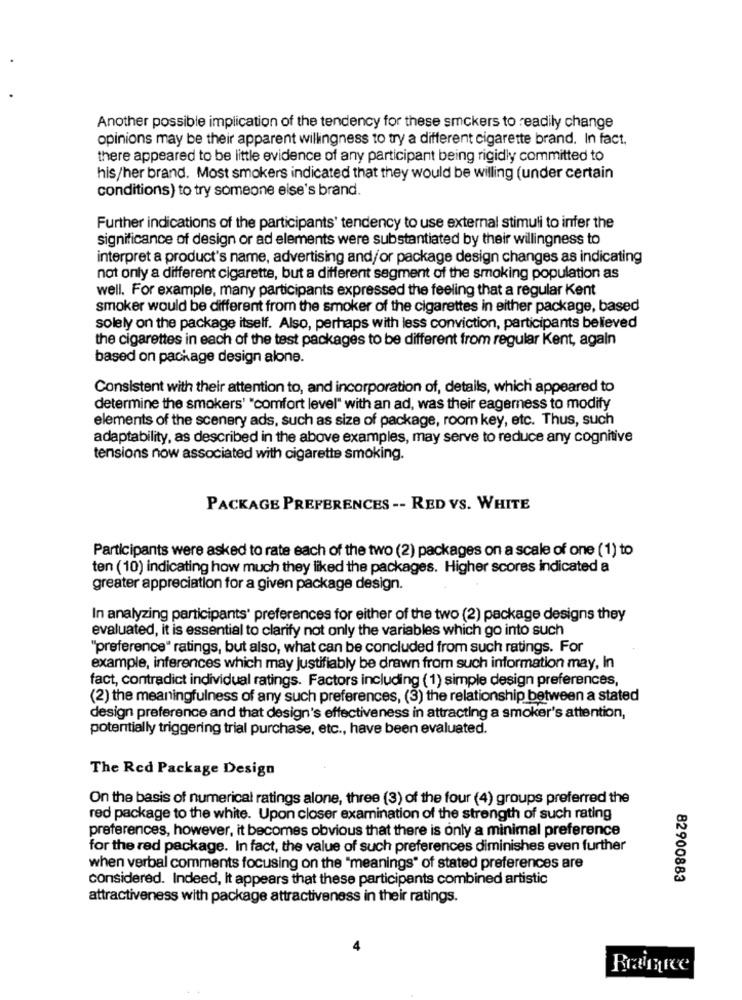
Another possible implication of the tendency for these smokers to readily change
opinions may be their apparent willingness to try a different cigarette brand. In fact,
there appeared to be little evidence of any participant being rigidly committed to
his/her brand. Most smokers indicated that they would be willing (under certain
conditions) to try someone else's brand.
Further indications of the participants' tendency to use external stimuli to infer the
significance of design or ad elements were substantiated by their willingness to
interpret a product's name, advertising and/or package design changes as indicating
not only a different cigarette, but a different segment of the smoking population as
well. For example, many participants expressed the feeling that a regular Kent
smoker would be different from the smoker of the cigarettes in either package, based
solely on the package itself. Also, perhaps with less conviction, participants believed
the cigarettes in each of the test packages to be different from regular Kent, again
based on package design alone.
Consistent with their attention to, and incorporation of, details, which appeared to
determine the smokers' "comfort level" with an ad, was their eagerness to modify
elements of the scenery ads, such as size of package, room key, etc. Thus, such
adaptability, as described in the above examples, may serve to reduce any cognitive
tensions now associated with cigarette smoking.
PACKAGE PREFERENCES -- RED VS. WHITE
Participants were asked to rate each of the two (2) packages on a scale of one (1) to
ten (10) indicating how much they liked the packages. Higher scores indicated a
greater appreciation for a given package design.
In analyzing participants' preferences for either of the two (2) package designs they
evaluated, it is essential to clarify not only the variables which go into such
"preference" ratings, but also, what can be concluded from such ratings. For
example, inferences which may justifiably be drawn from such information may, In
fact, contradict individual ratings. Factors including (1) simple design preferences,
(2) the meaningfulness of any such preferences, (3) the relationship between a stated
design preference and that design's effectiveness in attracting a smoker's attention,
potentially triggering trial purchase, etc ., have been evaluated.
The Red Package Design
On the basis of numerical ratings alone, three (3) of the four (4) groups preferred the
red package to the white. Upon closer examination of the strength of such rating
preferences, however, it becomes obvious that there is only a minimal preference
for the red package. In fact, the value of such preferences diminishes even further
when verbal comments focusing on the "meanings" of stated preferences are
considered. Indeed, It appears that these participants combined artistic
82900883
attractiveness with package attractiveness in their ratings.
Braimice